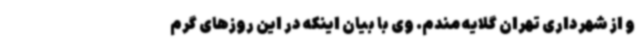
و از شهرداری تهران گلایه مندم. وی با بیان اینکه در این روزهای گرم